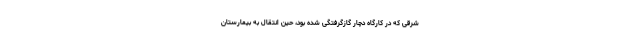
شرقی که در کارگاه دچار گازگرفتگی شده بود، حین انتقال به بیمارستان